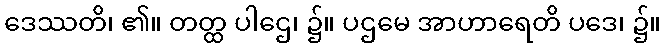
ဒေဿတိ၊ ၏။ တတ္ထ ပါဌေ၊ ၌။ ပဌမေ အာဟာရေတိ ပဒေ၊ ၌။